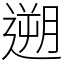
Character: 遡